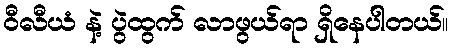
ဝီလီယံ နဲ့ ပွဲထွက် လာဖွယ်ရာ ရှိနေပါတယ်။